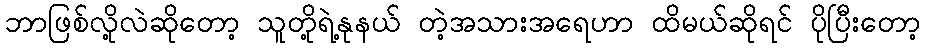
ဘာဖြစ်လို့လဲဆိုတော့ သူတို့ရဲ့နုနယ် တဲ့အသားအရေဟာ ထိမယ်ဆိုရင် ပိုပြီးတော့